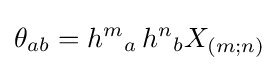
\theta _{ab}={h^{m}}_{a}\,{h^{n}}_{b}X_{(m;n)}